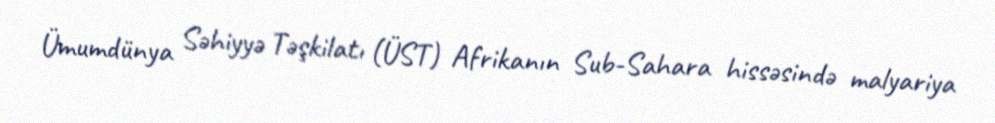
Ümumdünya Səhiyyə Təşkilatı (ÜST) Afrikanın Sub-Sahara hissəsində malyariya